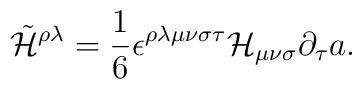
\tilde{\cal H}^{\rho\lambda} = {1\over 6}\epsilon^{\rho\lambda\mu\nu\sigma\tau} {\cal H}_{\mu\nu\sigma} \partial_\tau a.